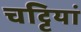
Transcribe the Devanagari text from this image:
चट्टियां